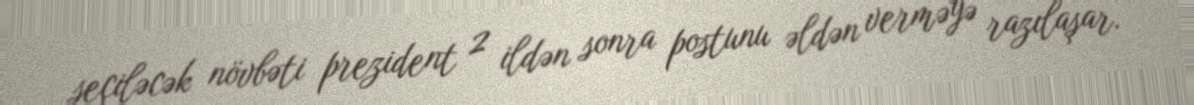
seçiləcək növbəti prezident 2 ildən sonra postunu əldən verməyə razılaşar.